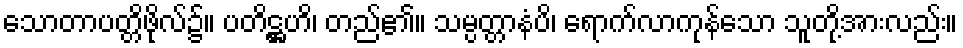
သောတာပတ္တိဖိုလ်၌။ ပတိဋ္ဌဟိ၊ တည်၏။ သမ္ပတ္တာနံပိ၊ ရောက်လာကုန်သော သူတို့အားလည်း။